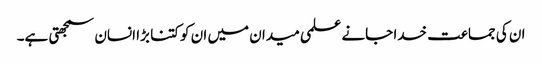
ان کی جماعت خدا جانے علمی میدان میں ان کو کتنا بڑا انسان سمجھتی ہے۔